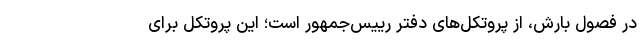
در فصول بارش، از پروتکل‌های دفتر رییس‌جمهور است؛ این پروتکل برای